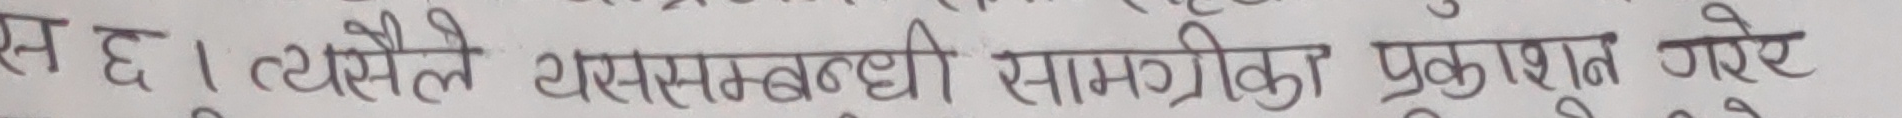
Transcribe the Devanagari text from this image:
स छ । त्यसैले यससम्बन्धी सामग्रीको प्रकाशन गरे